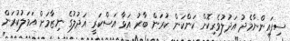
ސިފައިންނާމެދު އަދުލުވެރިކޮށް ކަންކަން ކުރަން ބާރު އަޅާ އަސްކަރީ އަދުލުގެ ނިޒާމަށް އަމަލުކުރަން